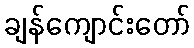
ချန်ကျောင်းတော်